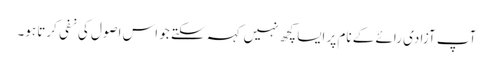
آپ آزادی رائے کے نام پر ایسا کچھ نہیں کہہ سکتے جو اس اصول کی نفی کرتا ہو۔